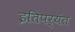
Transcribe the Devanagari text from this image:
इतिपर्यंत